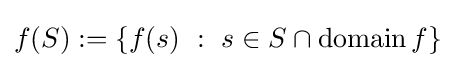
f(S):=\left\{f(s)~:~s\in S\cap \operatorname {domain} f\right\}